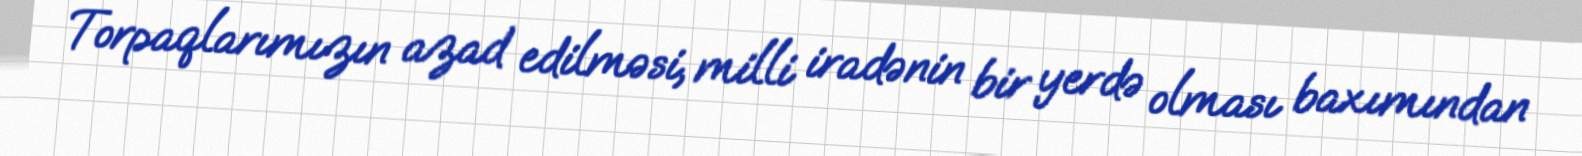
Torpaqlarımızın azad edilməsi, milli iradənin bir yerdə olması baxımından